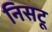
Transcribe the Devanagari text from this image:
निसटू